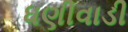
ધણીવાડી